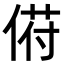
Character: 𬾯